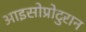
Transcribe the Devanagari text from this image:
आइसोप्रोटुरान